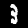
Digit: 3